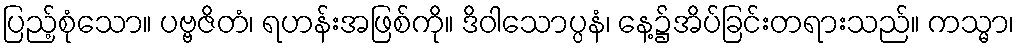
ပြည့်စုံသော။ ပဗ္ဗဇိတံ၊ ရဟန်းအဖြစ်ကို။ ဒိဝါသောပ္ပနံ၊ နေ့၌အိပ်ခြင်းတရားသည်။ ကသ္မာ၊